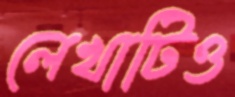
লেখাটিও